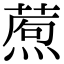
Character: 𤎗